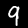
Label: 9